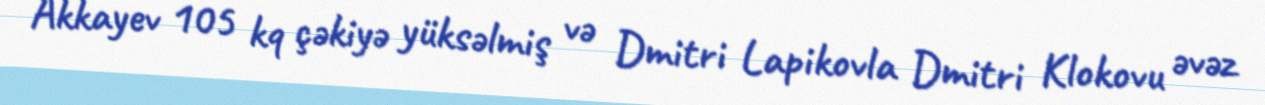
Akkayev 105 kq çəkiyə yüksəlmiş və Dmitri Lapikovla Dmitri Klokovu əvəz